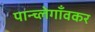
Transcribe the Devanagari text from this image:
पान्च्लेगाँवकर